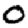
Digit: 0